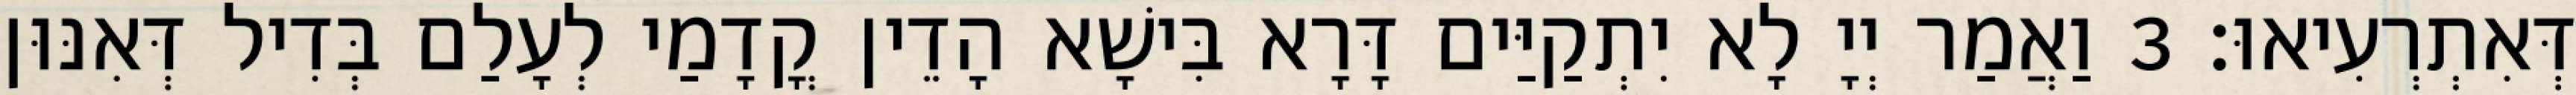
דְּאִתְרְעִיאוּ׃ 3 וַאֲמַר יְיָ לָא יִתְקַיַּים דָּרָא בִּישָׁא הָדֵין קֳדָמַי לְעָלַם בְּדִיל דְּאִנּוּן